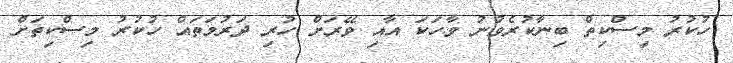
ހުކުރު މިސްކިތް ބިނާކުރެވުނު ވާހަކަ އާއި ވޭރަށް ހުރި ދަރުމަތައް ހުކުރު މިސްކިތަށް